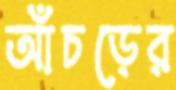
আঁচড়ের